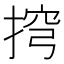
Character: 𢮍